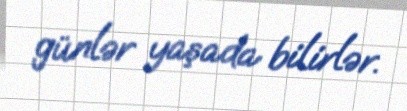
günlər yaşada bilirlər.